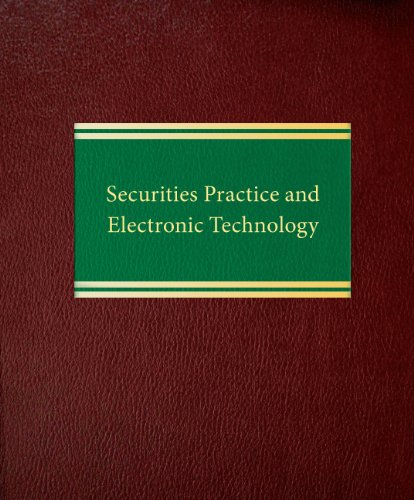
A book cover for Securities Practice and Electronic Technology (Corporate Securities Series); John R. Hewitt; Computers & Technology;